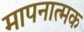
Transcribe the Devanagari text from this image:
मापनात्मक